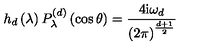
h _ { d } \left( \lambda \right) P _ { \lambda } ^ { \left( d \right) } \left( \cos \theta \right) = \frac { 4 \mathrm { i } \omega _ { d } } { \left( 2 \pi \right) ^ { \frac { d + 1 } { 2 } } }